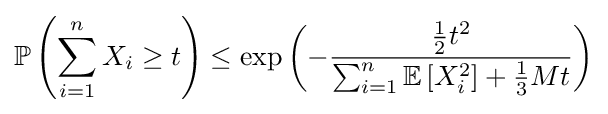
\mathbb {P} \left(\sum _{i=1}^{n}X_{i}\geq t\right)\leq \exp \left(-{\frac {{\tfrac {1}{2}}t^{2}}{\sum _{i=1}^{n}\mathbb {E} \left[X_{i}^{2}\right]+{\tfrac {1}{3}}Mt}}\right)